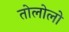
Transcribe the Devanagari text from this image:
तोलोलो